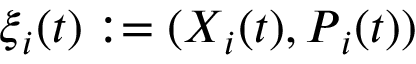
\ensuremath { \boldsymbol { \xi } } _ { i } ( t ) : = ( \ensuremath { \boldsymbol { X } } _ { i } ( t ) , \ensuremath { \boldsymbol { P } } _ { i } ( t ) )